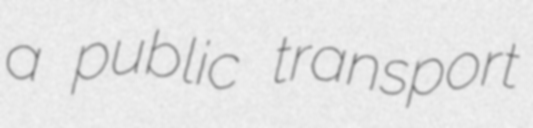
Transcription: a public transport